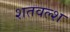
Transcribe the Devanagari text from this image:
शतवल्श